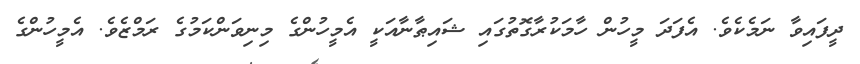
ދީފައިވާ ނަމެކެވެ. އެފަދަ މީހުން ހާމަކުރާގޮތުގައި ޝައިޠާނާއަކީ އެމީހުންގެ މިނިވަންކަމުގެ ރަމްޒެވެ. އެމީހުންގެ